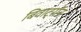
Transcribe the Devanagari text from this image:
बिवाट्रॉन